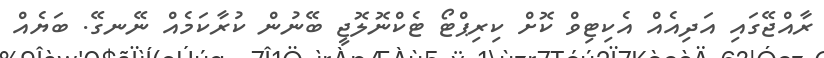
ރާއްޖޭގައި އަދިއެއް އެކިޓިވް ކޮށް ކިރިޕްޓޯ ޓެކްނޮލޮޖީ ބޭނުން ކުރާކަމެއް ނޭނގޭ. ބަޔެއް